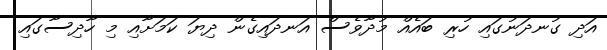
އަދި ގުނދަނުގައި ހުރި ބައެއް މުދާވެސް އަނދައިގެން ދިޔަ ކަމަށާއި މި ހާދިސާގައި